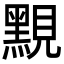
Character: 𪑈